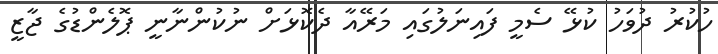
ހުކުރު ދުވަހު ކުޅޭ ސެމީ ފައިނަލުގައި މަރޭއާ ދެކޮޅަށް ނުކުންނާނީ ޕޮލެންޑުގެ ޖާޒީ